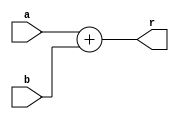
`timescale 1ns / 1ps
//////////////////////////////////////////////////////////////////////////////////
// Company: 
// Engineer: 
// 
// Design Name: 
// Module Name: add
// Project Name: 
// Target Devices: 
// Tool Versions: 
// Description: 
// 
// Dependencies: 
// 
// Revision:
// Revision 0.01 - File Created
// Additional Comments:
// 
//////////////////////////////////////////////////////////////////////////////////


module add(
    input [31:0] a,
    input [31:0] b,
    output  [31:0]  r
    );
    assign r = a + b;
endmodule